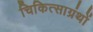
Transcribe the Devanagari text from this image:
चिकित्साग्रंथों